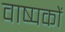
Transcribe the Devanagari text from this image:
वाष्पकों